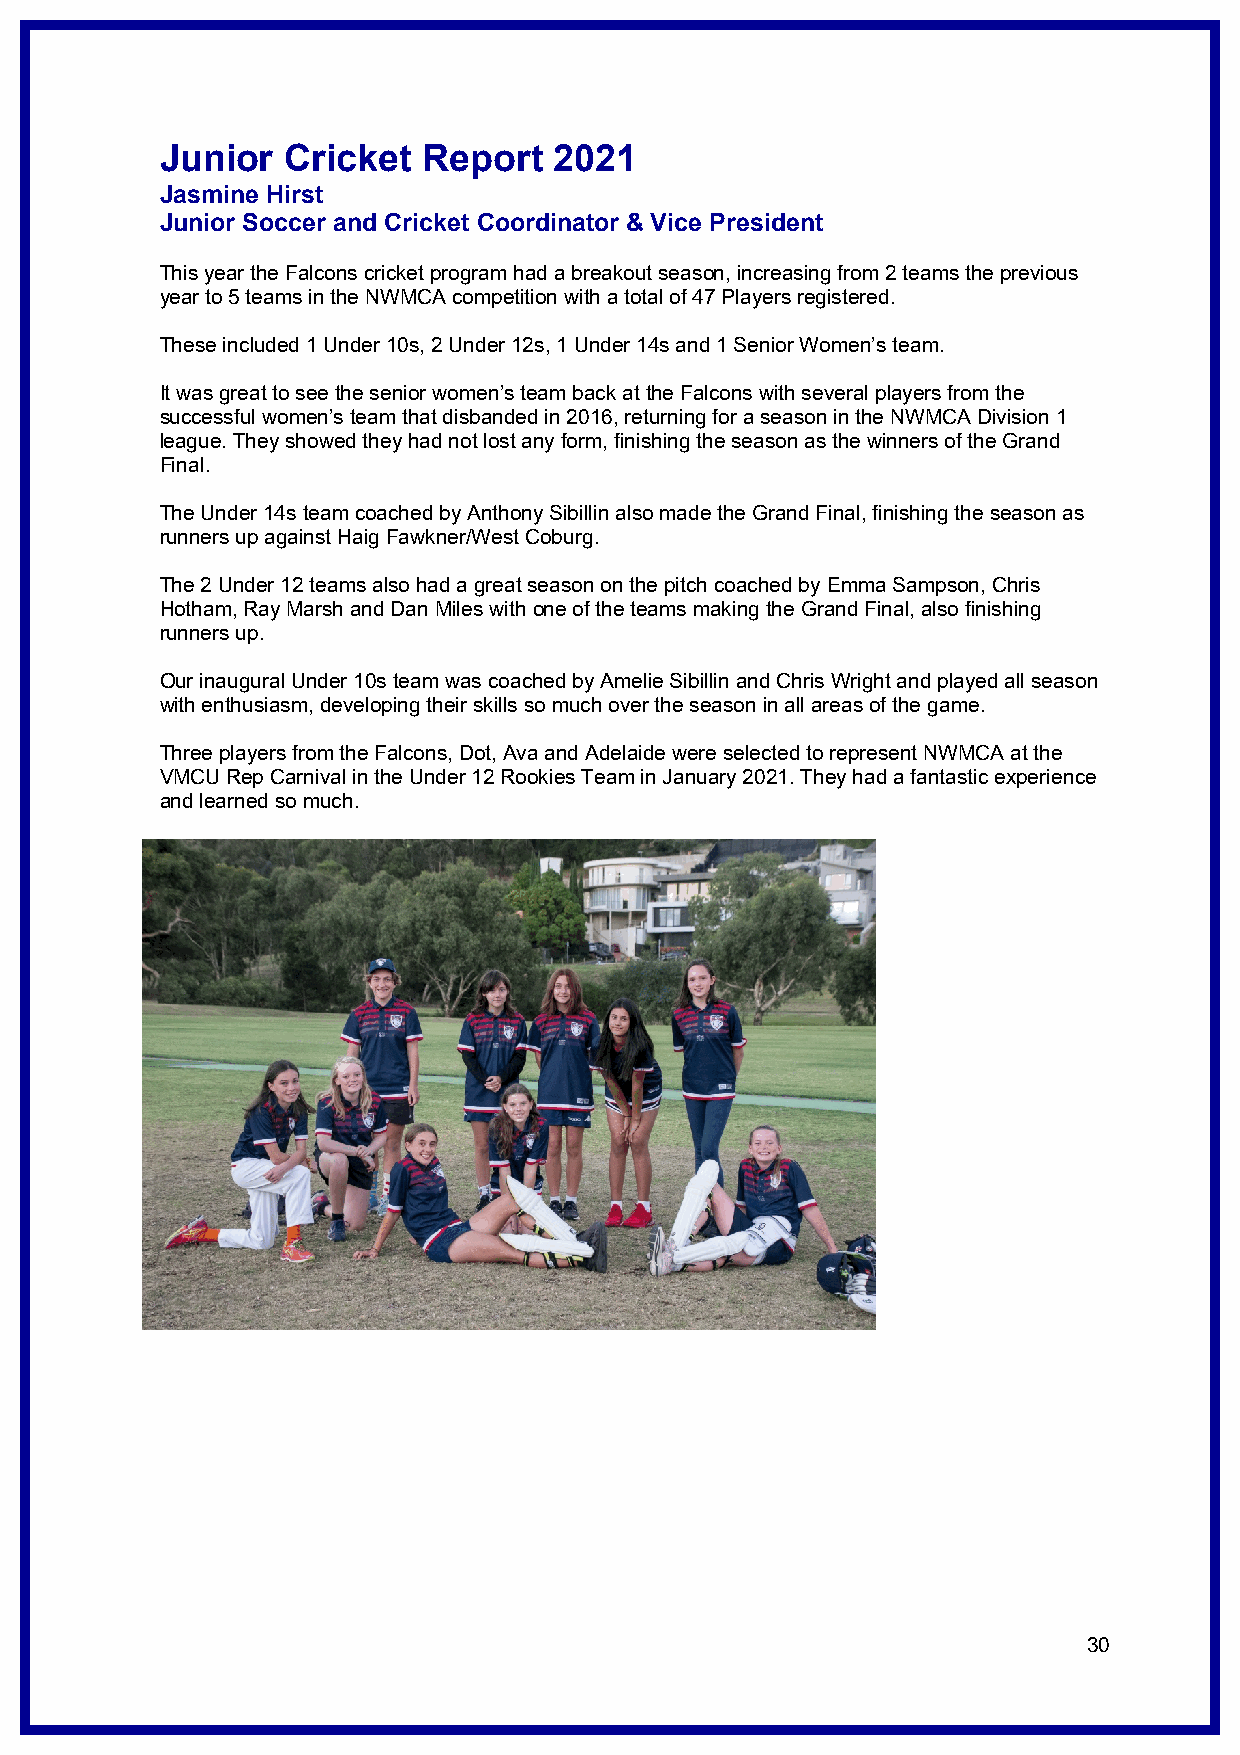
Junior  Cricket  Report   2021
 Jasmine Hirst
 Junior Soccer and Cricket Coordinator & Vice President
 This year the Falcons cricket program had a breakout season, increasing from 2 teams the previous
 year to 5 teams in the NWMCA competition with a total of 47 Players registered.
 These included 1 Under 10s, 2 Under 12s, 1 Under 14s and 1 Senior Women’s team.
 It was great to see the senior women’s team back at the Falcons with several players from the
 successful women’s team that disbanded in 2016, returning for a season in the NWMCA Division 1
 league. They showed they had not lost any form, finishing the season as the winners of the Grand
 Final.
 The Under 14s team coached by Anthony Sibillin also made the Grand Final, finishing the season as
 runners up against Haig Fawkner/West Coburg.
 The 2 Under 12 teams also had a great season on the pitch coached by Emma Sampson, Chris
 Hotham, Ray Marsh and Dan Miles with one of the teams making the Grand Final, also finishing
 runners up.
 Our inaugural Under 10s team was coached by Amelie Sibillin and Chris Wright and played all season
 with enthusiasm, developing their skills so much over the season in all areas of the game.
 Three players from the Falcons, Dot, Ava and Adelaide were selected to represent NWMCA at the
 VMCU Rep Carnival in the Under 12 Rookies Team in January 2021. They had a fantastic experience
 and learned so much.
 30